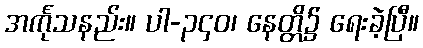
အင်္ကုသနည်း။ ပါ-၃၄၀၊ နေတ္တိ၌ ရေးခဲ့ပြီ။